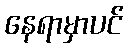
နေရာမှာပင်